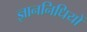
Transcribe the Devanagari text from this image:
ज्ञाननिधियों